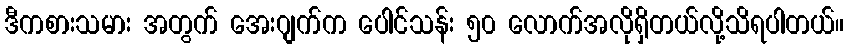
ဒီကစားသမား အတွက် အေးဂျက်က ပေါင်သန်း ၅၀ လောက်အလိုရှိတယ်လို့သိရပါတယ်။